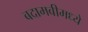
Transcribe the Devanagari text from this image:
बदामबीमध्ये